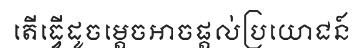
តើធ្វើដូចម្តេចអាចផ្តល់ប្រយោជន៍